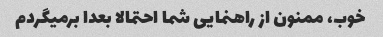
خوب، ممنون از راهنمایی شما احتمالا بعدا برمیگردم